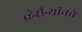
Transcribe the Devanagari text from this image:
व्हेरीन्यॉनचे